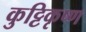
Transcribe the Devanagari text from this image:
कुट्टिकृष्ण